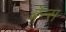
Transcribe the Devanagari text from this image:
बैन्स